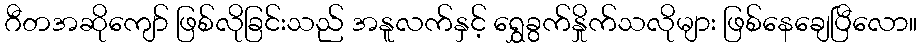
ဂီတအဆိုကျော် ဖြစ်လိုခြင်းသည် အနူလက်နှင့် ရွှေခွက်နှိုက်သလိုများ ဖြစ်နေချေပြီလော။